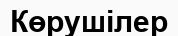
Көрушілер